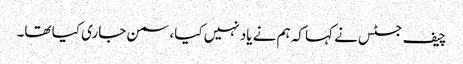
چیف جسٹس نے کہا کہ ہم نے یاد نہیں کیا، سمن جاری کیا تھا۔